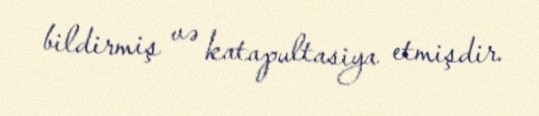
bildirmiş və katapultasiya etmişdir.